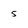
Character: 5